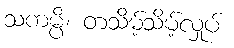
သကမ္ပိ၊ တသိမ့်သိမ့်လှုပ်